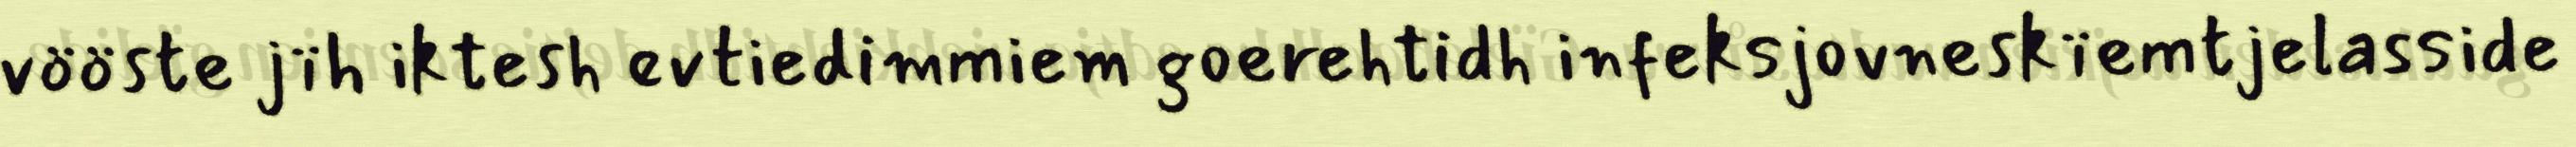
vööste jïh iktesh evtiedimmiem goerehtidh infeksjovneskïemtjelasside